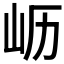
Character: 𫵷